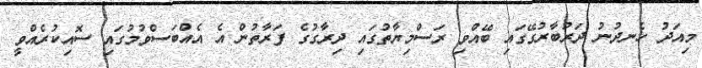
މިއަދު ހެނދުނު ދަރުބާރުގޭގައި ބޭއްވި ރަސްމިޔާތުގައި ދިރާގުގެ ފަރާތުން އެ އެއްބަސްވުމުގައި ސޮއިކުރެއްވީ